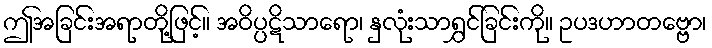
ဤအခြင်းအရာတို့ဖြင့်။ အဝိပ္ပဋိသာရော၊ နှလုံးသာရွှင်ခြင်းကို။ ဥပဒဟာတဗ္ဗော၊